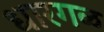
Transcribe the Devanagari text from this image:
धारगळ